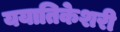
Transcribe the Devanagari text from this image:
ययातिकेशरी